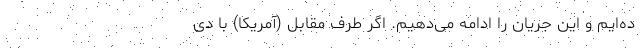
ده‌ایم و این جریان را ادامه می‌دهیم. اگر طرف مقابل (آمریکا) با دی